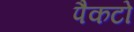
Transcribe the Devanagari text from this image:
पैकटो